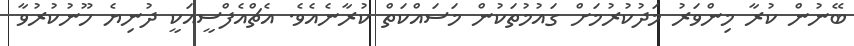
ބޭނުން ކުރާ މިންވަރު މަދުކުރުމަށް ގައުމުތަކުން މަސައްކަތް ކުރާނެއެވެ. އެޗްއެފްސީއަކީ ދުނިޔެ ހޫނުކުރުވާ